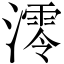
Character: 澪